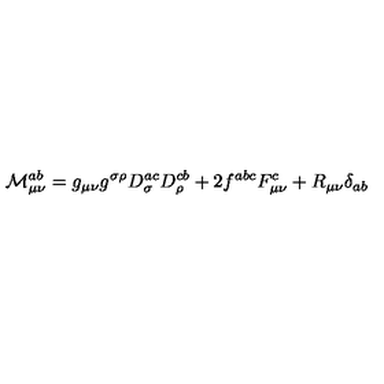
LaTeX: { \cal M } _ { \mu \nu } ^ { a b } = g _ { \mu \nu } g ^ { \sigma \rho } D _ { \sigma } ^ { a c } D _ { \rho } ^ { c b } + 2 f ^ { a b c } F _ { \mu \nu } ^ { c } + R _ { \mu \nu } \delta _ { a b }